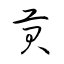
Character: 貢